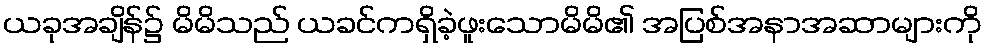
ယခုအချိန်၌ မိမိသည် ယခင်ကရှိခဲ့ဖူးသောမိမိ၏ အပြစ်အနာအဆာများကို